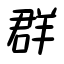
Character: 群